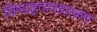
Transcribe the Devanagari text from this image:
शिष्यहृत्तापहारकम्